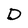
Character: D